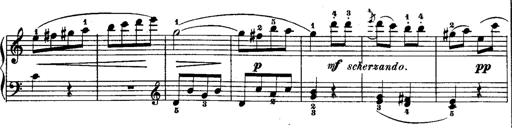
Title: Rondos and Sonatinas for Pianoforte
Composer: Daniel Steibelt